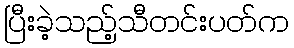
ပြီးခဲ့သည့်သီတင်းပတ်က